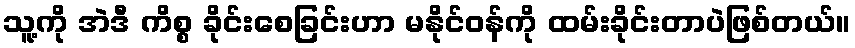
သူ့ကို အဲဒီ ကိစ္စ ခိုင်းစေခြင်းဟာ မနိုင်ဝန်ကို ထမ်းခိုင်းတာပဲဖြစ်တယ်။